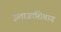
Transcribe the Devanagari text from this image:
इलाजाशिवाय